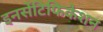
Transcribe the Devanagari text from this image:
इनसेंटिफिकेशन